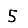
Digit: 5